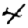
Digit: 4